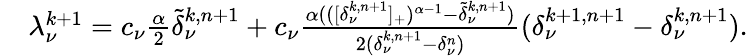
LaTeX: \begin{array}{rl}&{\lambda_{\nu}^{k+1}=c_{\nu}\frac{\alpha}{2}\widetilde\delta_{\nu}^{k,n+1}+c_{\nu}\frac{\alpha(([\delta_{\nu}^{k,n+1}]_{+})^{\alpha-1}-\widetilde\delta_{\nu}^{k,n+1})}{2(\delta_{\nu}^{k,n+1}-\delta_{\nu}^{n})}(\delta_{\nu}^{k+1,n+1}-\delta_{\nu}^{k,n+1}).}\end{array}